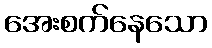
အေးစက်နေသော